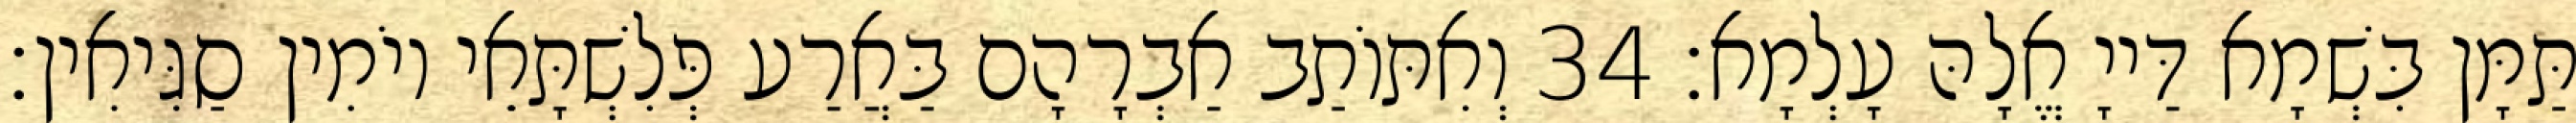
תַּמָּן בִּשְׁמָא דַּייָ אֱלָהּ עָלְמָא׃ 34 וְאִתּוֹתַב אַבְרָהָם בַּאֲרַע פְּלִשְׁתָּאֵי יוֹמִין סַגִּיאִין׃